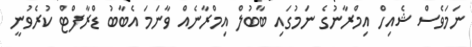
ނަމަވެސް ޝެއިހް އިމްރާނުގެ ނަމުގައި ބާބުލް އިމްރާނެއް ވާނަމަ އެބާބު ޑްރާފްޓް ކުރެވުނީ